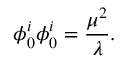
\phi _ { 0 } ^ { i } \phi _ { 0 } ^ { i } = { \frac { \mu ^ { 2 } } { \lambda } } .